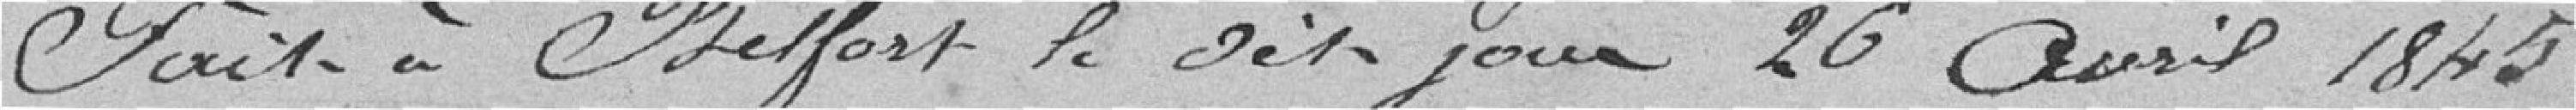
Fait à Belfort le dit jour 26 avril 1845